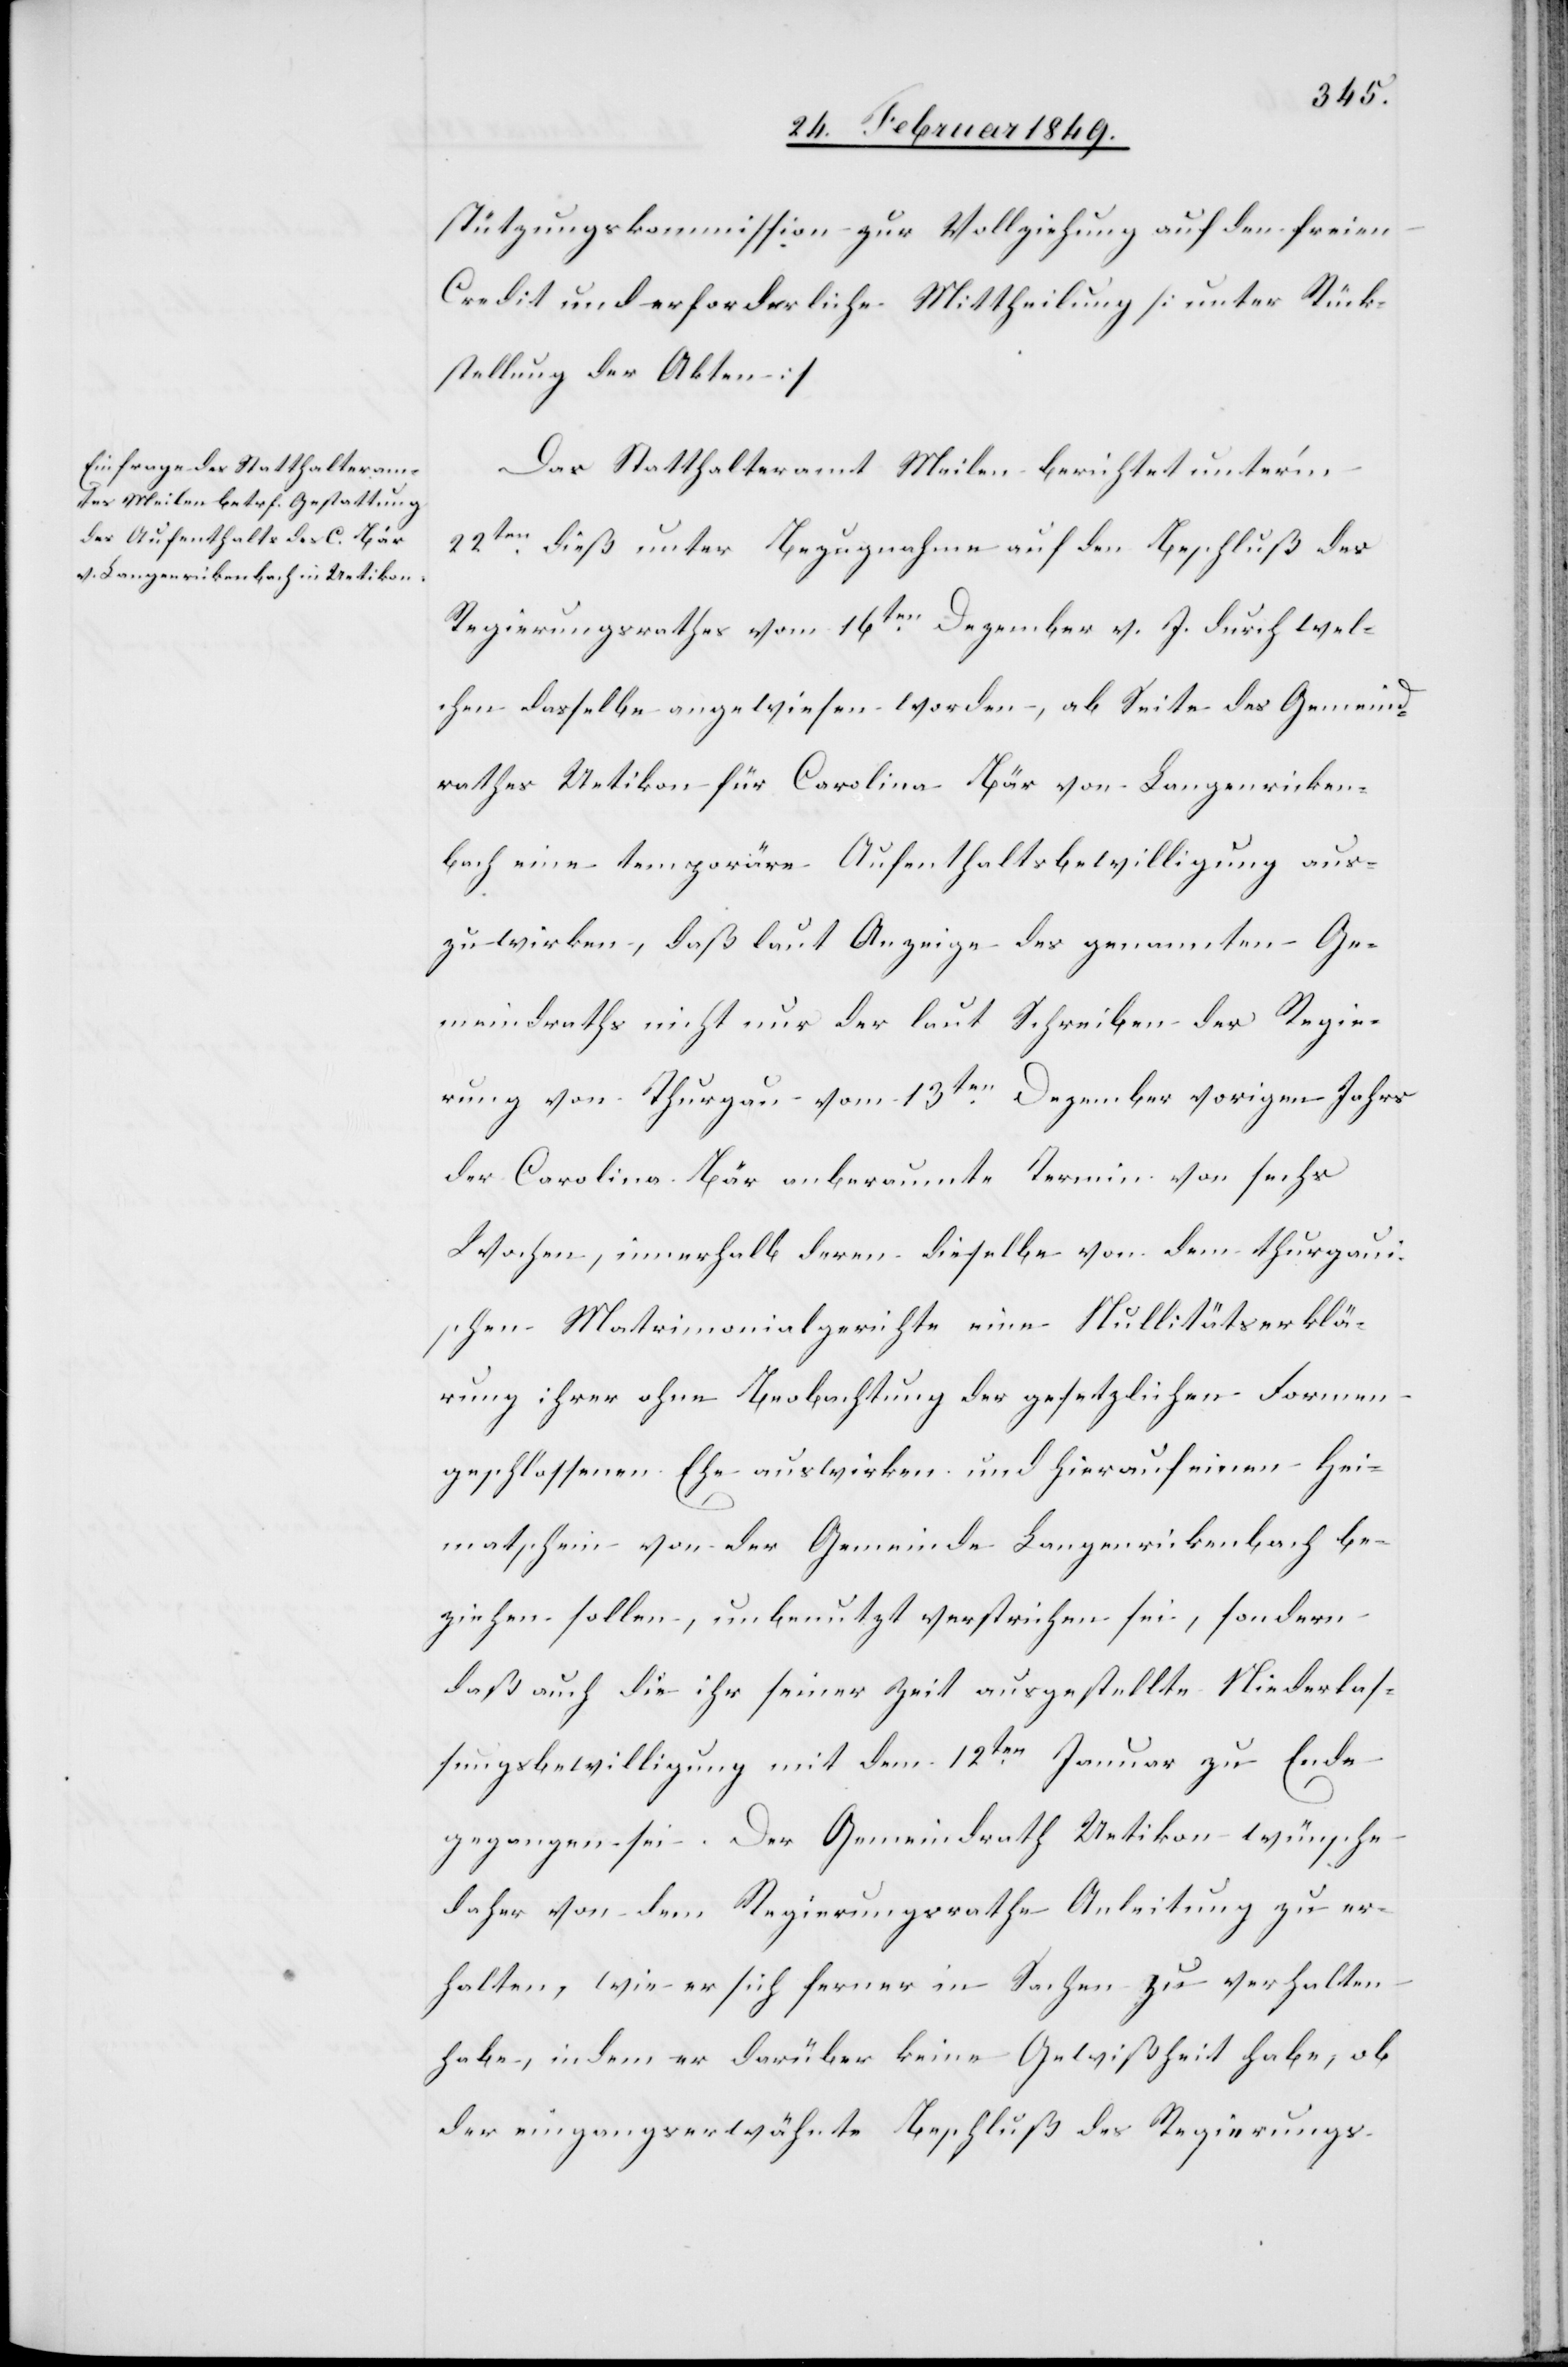
stützungskommission zur Vollziehung auf den freien
Credit und erforderliche Mittheilung [sic!] [unter Rück¬
stellung der Akten]
Das Statthalteramt Meilen berichtet unter’m
22ten. dieß unter Bezugnahme auf den Beschluß des
Regierungsrathes vom 16ten. Dezember v. J. durch wel¬
chen dasselbe angewiesen worden, ab Seite des Gemeind¬
rathes Uetikon für Carolina Bär von Langenricken¬
bach eine temporäre Aufenthaltsbewilligung aus¬
zuwirken, daß laut Anzeige des genannten Ge¬
meindraths nicht nur der laut Schreiben der Regie¬
rung von Thurgau vom 13ten. Dezember vorigen Jahrs
der Carolina Bär anberaumte Termin von sechs
Wochen, innerhalb deren dieselbe von dem thurgaui¬
schen Matrimonialgerichte eine Nullitätserklä¬
rung ihrer ohne Beobachtung der gesetzlichen Formen
geschlossenen Ehe auswirken und hierauf einen Hei¬
matschein von der Gemeinde Langenrickenbach be¬
ziehen sollen, unbenutzt verstrichen sei, sondern
daß auch die ihr seiner Zeit ausgestellte Niederlas¬
sungsbewilligung mit dem 12ten. Januar zu Ende
gegangen sei. Der Gemeindrath Uetikon wünsche
daher von dem Regierungsrathe Anleitung zu er¬
halten, wie er sich ferner in Sachen zu verhalten
habe, indem er darüber keine Gewißheit habe, ob
der eingangs erwähnte Beschluß des Regierungs-